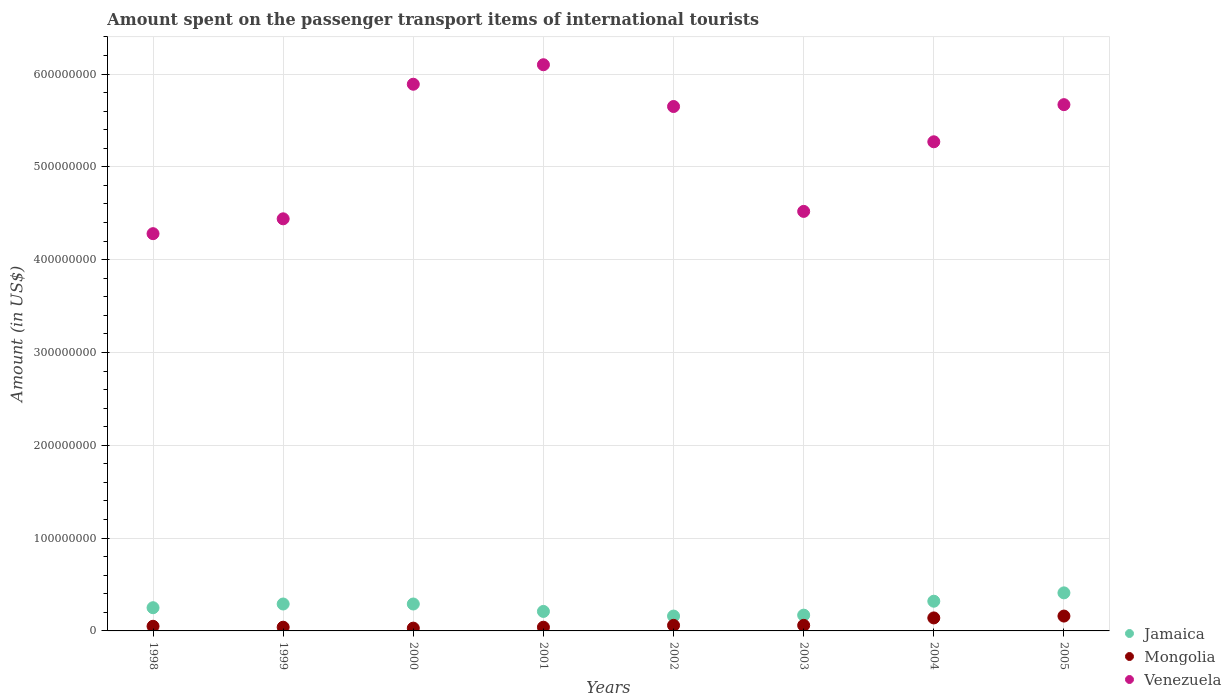
| Years | Jamaica | Mongolia | Venezuela |
 | --- | --- | --- | --- |
 | 1998 | 2.5e+07 | 5e+06 | 4.28e+08 |
 | 1999 | 2.9e+07 | 4e+06 | 4.44e+08 |
 | 2000 | 2.9e+07 | 3e+06 | 5.89e+08 |
 | 2001 | 2.1e+07 | 4e+06 | 6.1e+08 |
 | 2002 | 1.6e+07 | 6e+06 | 5.65e+08 |
 | 2003 | 1.7e+07 | 6e+06 | 4.52e+08 |
 | 2004 | 3.2e+07 | 1.4e+07 | 5.27e+08 |
 | 2005 | 4.1e+07 | 1.6e+07 | 5.67e+08 |